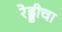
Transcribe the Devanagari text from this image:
रेड्डीचा